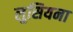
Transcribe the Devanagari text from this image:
लुसियना